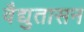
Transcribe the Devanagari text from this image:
वैद्युतासन